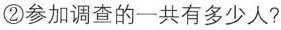
②参加调查的一共有多少人?